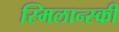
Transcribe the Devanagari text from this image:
स्मिलान्स्की